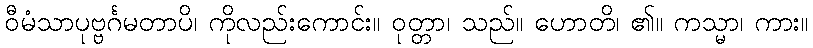
ဝီမံသာပုဗ္ဗင်္ဂမတာပိ၊ ကိုလည်းကောင်း။ ဝုတ္တာ၊ သည်။ ဟောတိ၊ ၏။ ကသ္မာ၊ ကား။